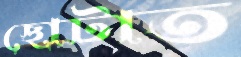
ছোটাত